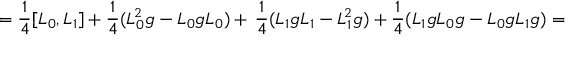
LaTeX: = \frac { 1 } { 4 } [ L _ { 0 } , L _ { 1 } ] + \frac { 1 } { 4 } ( L _ { 0 } ^ { 2 } g - L _ { 0 } g L _ { 0 } ) + \, \frac { 1 } { 4 } ( L _ { 1 } g L _ { 1 } - L _ { 1 } ^ { 2 } g ) + \frac { 1 } { 4 } ( L _ { 1 } g L _ { 0 } g - L _ { 0 } g L _ { 1 } g ) =